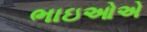
ભાઇઓએ